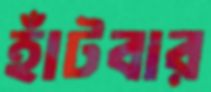
হাঁটবার